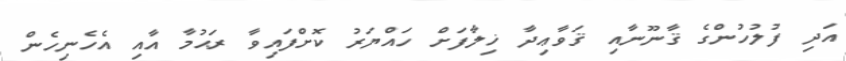
އަދި ފުލުހުންގެ ޤާނޫނާއި ޤަވާޢިދާ ޚިލާފަށް ހައްޔަރު ކޮށްފައިވާ ރަޙުމާ އާއި އެހެނިހެން